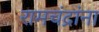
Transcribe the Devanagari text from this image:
रामचंद्रांना